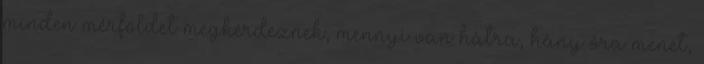
minden mérföldet megkérdeznek, mennyi van hátra, hány óra menet,